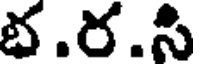
భ.ర.సి